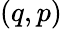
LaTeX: (q,p)